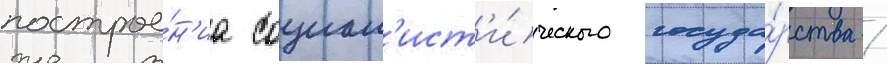
построе́н'иа социал'ист'и́ческого госуда́рства /